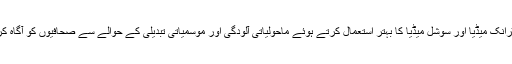
اس ورکشاپ کا مقصدپرنٹ میڈیا، الیکٹرانک میڈیا اور سوشل میڈیا کا بہتر استعمال کرتے ہوئے ماحولیاتی آلودگی اور موسمیاتی تبدیلی کے حوالے سے صحافیوں کو آگاہ کر کے لوگوں میں شعور اُجاگر کرنا تھا۔